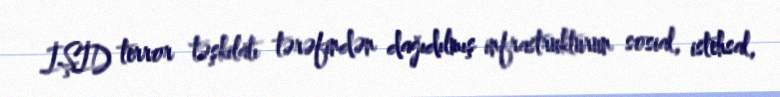
İŞİD terror təşkilatı tərəfindən dağıdılmış infrastrukturun sosial, istehsal,